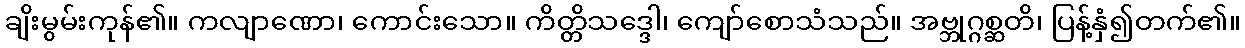
ချိးမွမ်းကုန်၏။ ကလျာဏော၊ ကောင်းသော။ ကိတ္တိသဒ္ဒေါ၊ ကျော်စောသံသည်။ အဗ္ဘုဂ္ဂစ္ဆတိ၊ ပြန့်နှံ၍တက်၏။